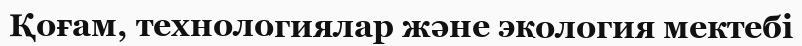
Қоғам, технологиялар және экология мектебі